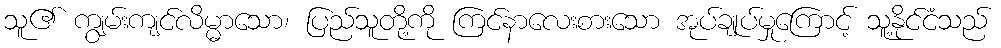
သူ၏ ကျွမ်းကျင်လိမ္မာသော၊ ပြည်သူတို့ကို ကြင်နာလေးစားသော အုပ်ချုပ်မှုကြောင့် သူ့နိုင်ငံသည်